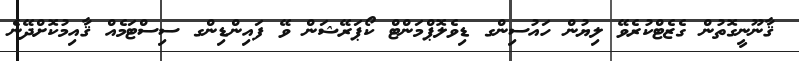
ޤާނޫނީގޮތުން ގެޒެޓްކުރެވޭ ލިޔުން ހައުސިންގ ޑިވެލޮޕްމަންޓް ކޯޕަރޭޝަން ވޭ ފައިންޑިންގ ސިސްޓަމެއް ޤާއިމުކޮށްދޭނެ